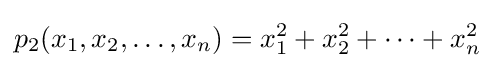
p_{2}(x_{1},x_{2},\dots ,x_{n})=x_{1}^{2}+x_{2}^{2}+\cdots +x_{n}^{2}